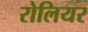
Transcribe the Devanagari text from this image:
रोलियर